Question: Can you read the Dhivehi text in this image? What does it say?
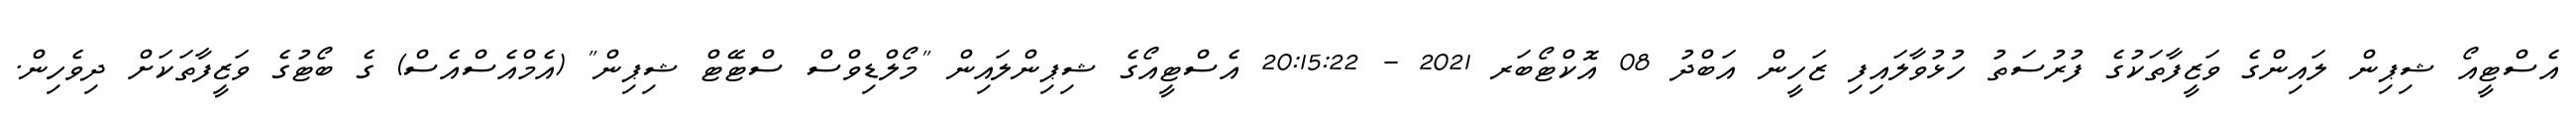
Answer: އެސްޓީއޯ ޝިޕިން ލައިންގެ ވަޒީފާތަކުގެ ފުރުސަތު ހުޅުވާލައިފި ޒަހީން އަބްދު 08 އޮކްޓޯބަރ 2021 - 20:15:22 އެސްޓީއޯގެ ޝިޕިންލައިން "މޯލްޑިވްސް ސްޓޭޓް ޝިޕިން" (އެމްއެސްއެސް) ގެ ބޯޓުގެ ވަޒީފާތަކަށް ދިވެހިން.